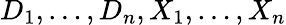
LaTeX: D_{1},\ldots,D_{n},X_{1},\ldots,X_{n}